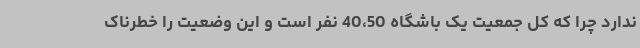
ندارد چرا که کل جمعیت یک باشگاه 40،50 نفر است و این وضعیت را خطرناک